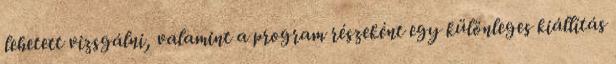
lehetett vizsgálni, valamint a program részeként egy különleges kiállítás